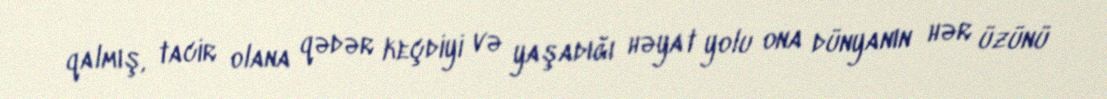
qalmış, tacir olana qədər keçdiyi və yaşadığı həyat yolu ona dünyanın hər üzünü